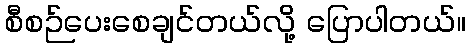
စီစဉ်ပေးစေချင်တယ်လို့ ပြောပါတယ်။